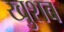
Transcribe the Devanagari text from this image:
खुशब